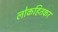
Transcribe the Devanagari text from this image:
लोकहितकर